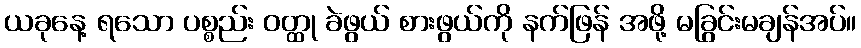
ယခုနေ့ ရသော ပစ္စည်း ဝတ္ထု ခဲဖွယ် စားဖွယ်ကို နက်ဖြန် အဖို့ မခြွင်းမချန်အပ်။